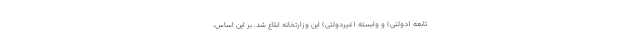
تابعه (دولتی) و وابسته (غیردولتی) این وزارتخانه ابلاغ شد. بر این اساس،